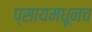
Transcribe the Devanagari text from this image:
प्सायमधूनच